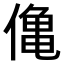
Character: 𫣒